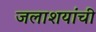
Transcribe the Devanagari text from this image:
जलाशयांची